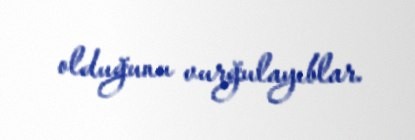
olduğunu vurğulayıblar.